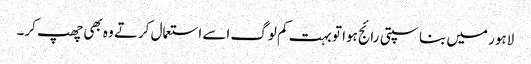
لاہور میں بناسپتی رائج ہوا تو بہت کم لوگ اسے استعمال کرتے وہ بھی چھپ کر۔